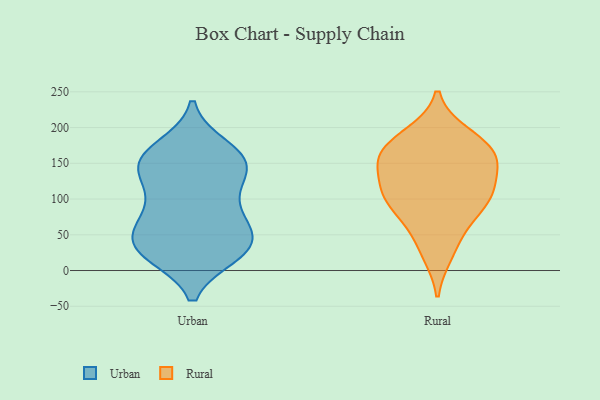
{"axis": {"x": "Revenue (USD Million)", "y": "Value"}, "legend": ["Rural", "Urban"], "data": [{"x": "", "y": 72, "type": "Urban"}, {"x": "", "y": 148, "type": "Urban"}, {"x": "", "y": 83, "type": "Urban"}, {"x": "", "y": 31, "type": "Urban"}, {"x": "", "y": 58, "type": "Urban"}, {"x": "", "y": 41, "type": "Urban"}, {"x": "", "y": 23, "type": "Urban"}, {"x": "", "y": 29, "type": "Urban"}, {"x": "", "y": 154, "type": "Urban"}, {"x": "", "y": 59, "type": "Urban"}, {"x": "", "y": 165, "type": "Urban"}, {"x": "", "y": 118, "type": "Urban"}, {"x": "", "y": 25, "type": "Urban"}, {"x": "", "y": 142, "type": "Urban"}, {"x": "", "y": 101, "type": "Urban"}, {"x": "", "y": 142, "type": "Urban"}, {"x": "", "y": 172, "type": "Urban"}, {"x": "", "y": 29, "type": "Urban"}, {"x": "", "y": 155, "type": "Urban"}, {"x": "", "y": 110, "type": "Rural"}, {"x": "", "y": 56, "type": "Rural"}, {"x": "", "y": 80, "type": "Rural"}, {"x": "", "y": 153, "type": "Rural"}, {"x": "", "y": 22, "type": "Rural"}, {"x": "", "y": 103, "type": "Rural"}, {"x": "", "y": 120, "type": "Rural"}, {"x": "", "y": 163, "type": "Rural"}, {"x": "", "y": 192, "type": "Rural"}, {"x": "", "y": 156, "type": "Rural"}, {"x": "", "y": 154, "type": "Rural"}, {"x": "", "y": 101, "type": "Rural"}, {"x": "", "y": 184, "type": "Rural"}]}